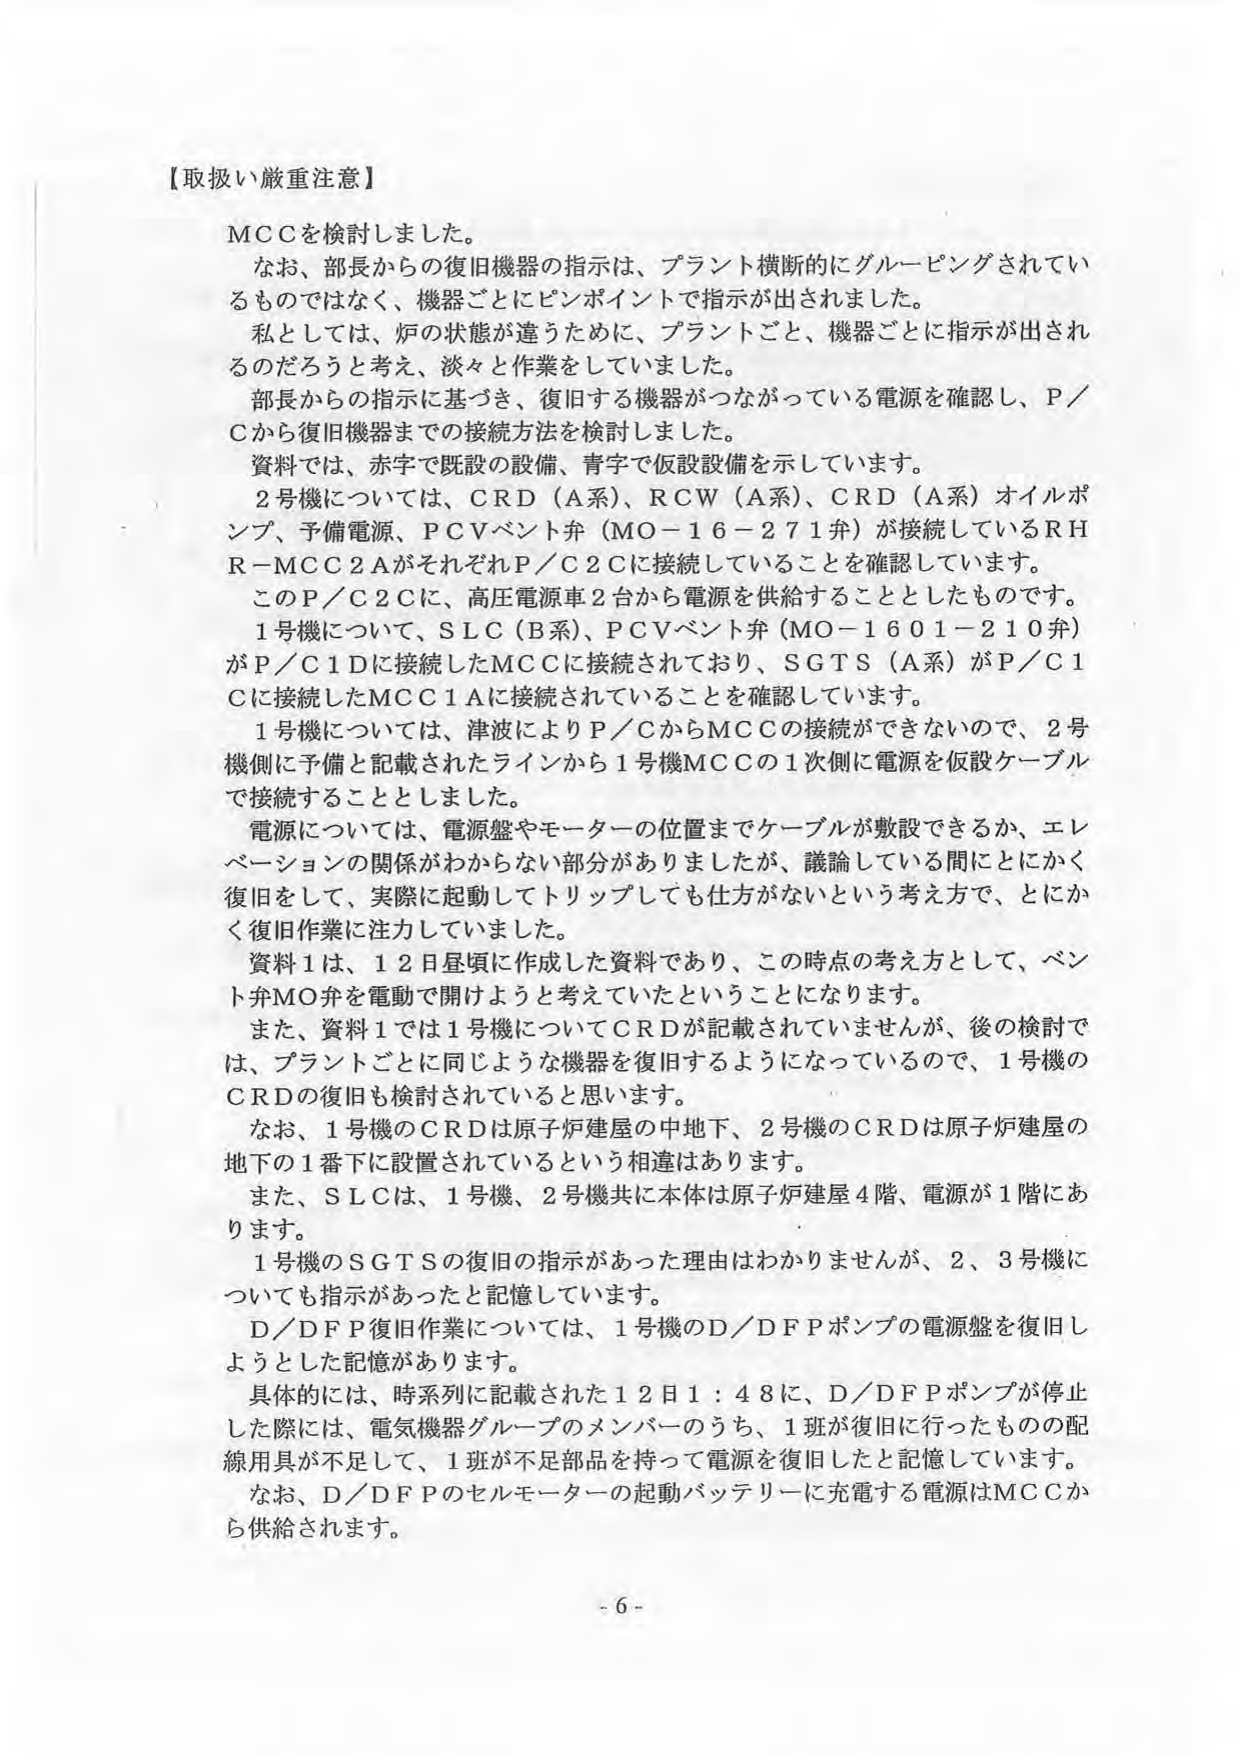
【取扱い厳重注意】

MCCを検討しました。
なお、部長からの復旧機器の指示は、プラント横断的にグルーピングされているものではなく、機器ごとにピンポイントで指示が出されました。
私としては、炉の状態が違うために、プラントごと、機器ごとに指示が出されるのだろうと考え、淡々と作業をしていました。
部長からの指示に基づき、復旧する機器がつながっている電源を確認し、P／Cから復旧機器までの接続方法を検討しました。
資料では、赤字で既設の設備、青字で仮設設備を示しています。
2号機については、CRD（A系）、RCW（A系）、CRD（A系）オイルポンプ、予備電源、PCVベント弁（MO－16－271弁）が接続しているRHR－MCC2AがそれぞれP／C2Cに接続していることを確認しています。
このP／C2Cに、高圧電源車2台から電源を供給することとしたものです。
1号機について、SLC（B系）、PCVベント弁（MO－1601－210弁）がP／C1Dに接続したMCCに接続されており、SGTS（A系）がP／C1Cに接続したMCC1Aに接続されていることを確認しています。
1号機については、津波によりP／CからMCCの接続ができないので、2号機側に予備と記載されたラインから1号機MCCの1次側に電源を仮設ケーブルで接続することとしました。
電源については、電源盤やモーターの位置までケーブルが敷設できるか、エレベーションの関係がわからない部分がありましたが、議論している間にとにかく復旧をして、実際に起動してトリップしても仕方がないという考え方で、とにかく復旧作業に注力していました。
資料1は、12日昼頃に作成した資料であり、この時点の考え方として、ベント弁MO弁を電動で開けようと考えていたということになります。
また、資料1では1号機についてCRDが記載されていませんが、後の検討では、プラントごとに同じような機器を復旧するようになっているので、1号機のCRDの復旧も検討されていると思います。
なお、1号機のCRDは原子炉建屋の中地下、2号機のCRDは原子炉建屋の地下の1番下に設置されているという相違はあります。
また、SLCは、1号機、2号機共に本体は原子炉建屋4階、電源が1階にあります。
1号機のSGTSの復旧の指示があった理由はわかりませんが、2、3号機についても指示があったと記憶しています。
D／DFP復旧作業については、1号機のD／DFPポンプの電源盤を復旧しようとした記憶があります。
具体的には、時系列に記載された12日1：48に、D／DFPポンプが停止した際には、電気機器グループのメンバーのうち、1班が復旧に行ったものの配線用具が不足して、1班が不足部品を持って電源を復旧したと記憶しています。
なお、D／DFPのセルモーターの起動バッテリーに充電する電源はMCCから供給されます。

- 6 -